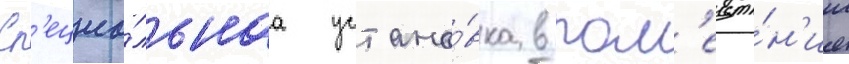
Сп'ециа́льнаа устано́вка в пом'еще́н'ии